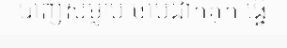
បាញ់សម្លាប់ ចាប់ដាក់គុក ធ្វើ